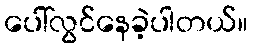
ပေါ်လွင်နေခဲ့ပါတယ်။